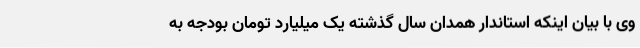
وی با بیان اینکه استاندار همدان سال گذشته یک میلیارد تومان بودجه به